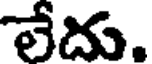
లేదు.